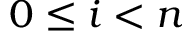
0 \le i < n